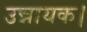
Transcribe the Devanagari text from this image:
उन्नायक।